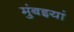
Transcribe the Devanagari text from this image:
मुंबइयां